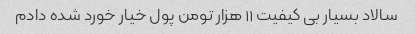
سالاد بسیار بی کیفیت ۱۱ هزار تومن پول خیار خورد شده دادم